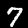
Label: 7